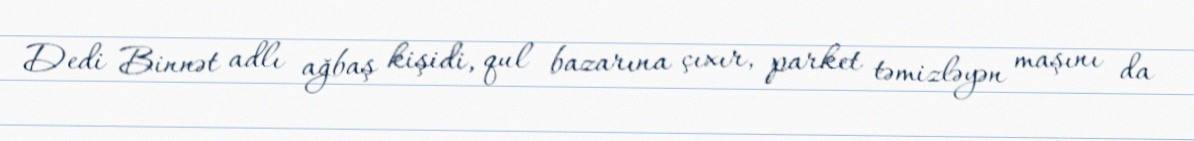
Dedi Binnət adlı ağbaş kişidi, qul bazarına çıxır, parket təmizləyən maşını da